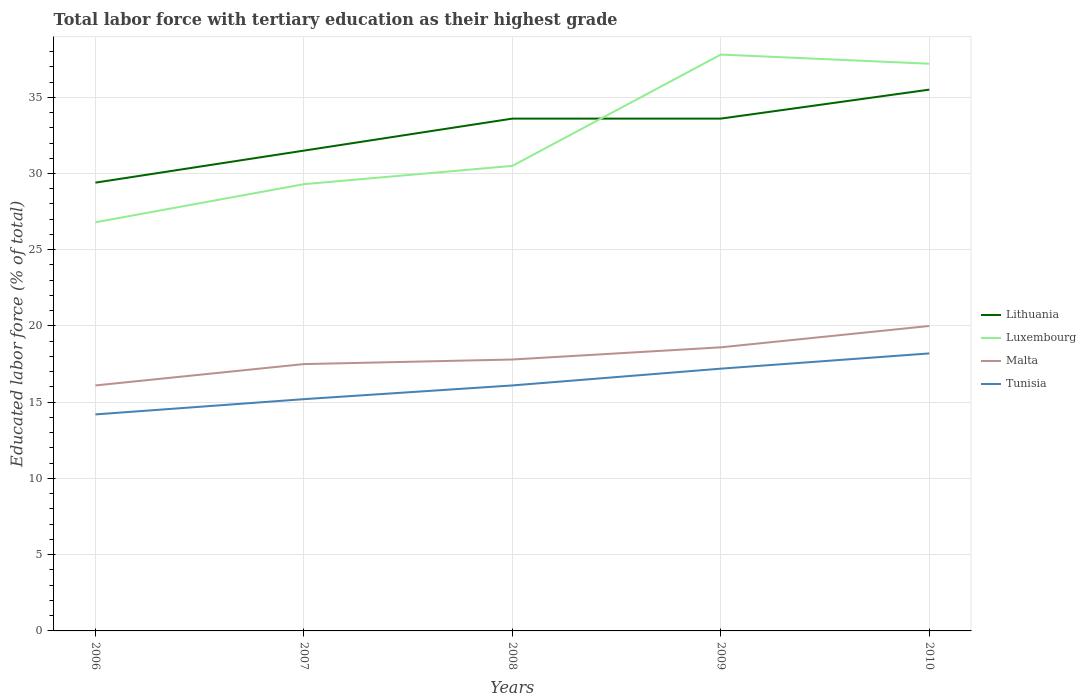
| Years | Lithuania | Luxembourg | Malta | Tunisia |
 | --- | --- | --- | --- | --- |
 | 2006 | 29.4 | 26.8 | 16.1 | 14.2 |
 | 2007 | 31.5 | 29.3 | 17.5 | 15.2 |
 | 2008 | 33.6 | 30.5 | 17.8 | 16.1 |
 | 2009 | 33.6 | 37.8 | 18.6 | 17.2 |
 | 2010 | 35.5 | 37.2 | 20 | 18.2 |